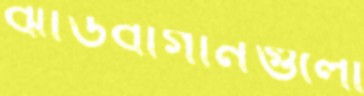
ঝাউবাগানগুলো